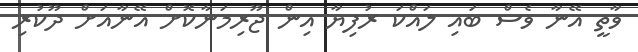
ވާތީ އޭނާ ވެސް ބައި ލައްކަ ރުފިޔާ އިން ޖޫރިމަނާކޮށް އޭނާއަށް ދޫކުރި